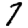
Digit: 7